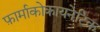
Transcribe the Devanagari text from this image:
फ़ार्माकोकायनेटिक